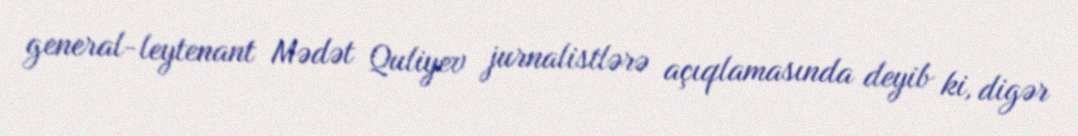
general-leytenant Mədət Quliyev jurnalistlərə açıqlamasında deyib ki, digər